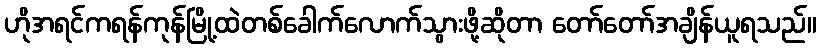
ဟိုအရင်ကရန်ကုန်မြို့ထဲတစ်ခေါက်လောက်သွားဖို့ဆိုတာ တော်တော်အချိန်ယူရသည်။